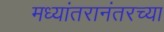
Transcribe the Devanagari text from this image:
मध्यांतरानंतरच्या